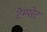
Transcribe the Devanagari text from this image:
टेम्‍परेट